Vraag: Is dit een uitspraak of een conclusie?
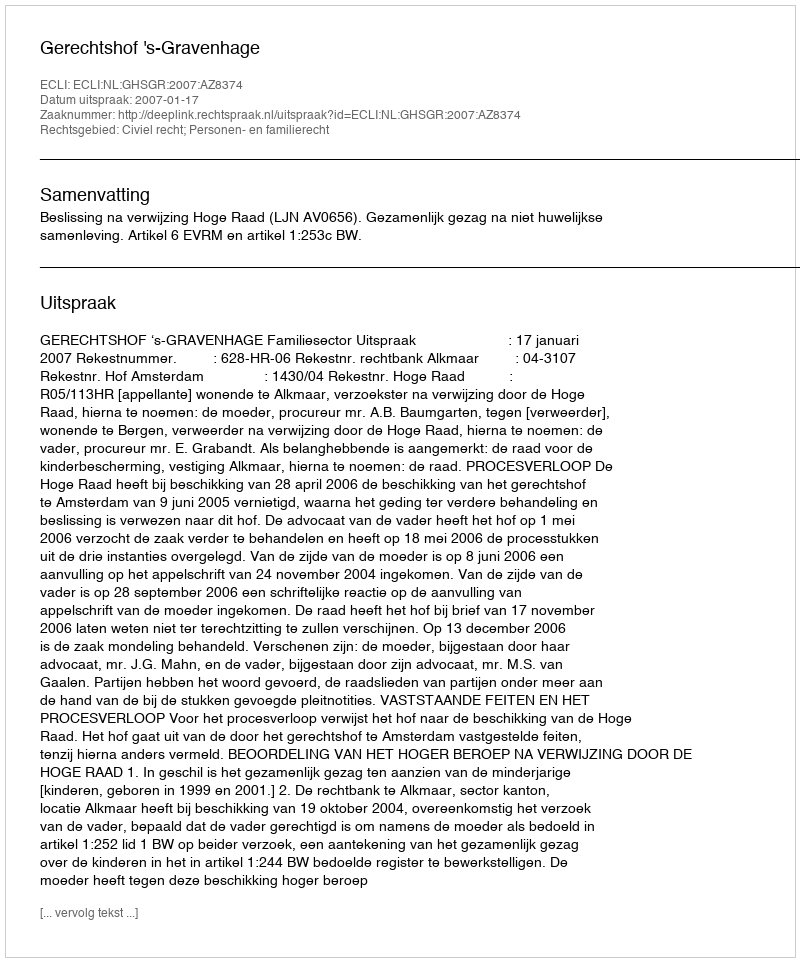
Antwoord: Uitspraak